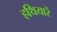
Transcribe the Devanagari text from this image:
हथियारें